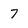
Character: 7